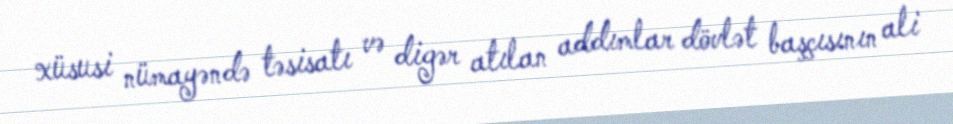
xüsusi nümayəndə təsisatı və digər atılan addımlar dövlət başçısının ali